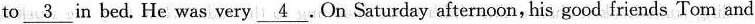
to \underline{ 3 } in bed. He was very \underline{ 4 }. On Saturday afternoon, his good friends Tom and